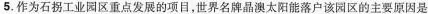
5. 作为石拐工业园区重点发展的项目，世界名牌晶澳太阳能落户该园区的主要原因是